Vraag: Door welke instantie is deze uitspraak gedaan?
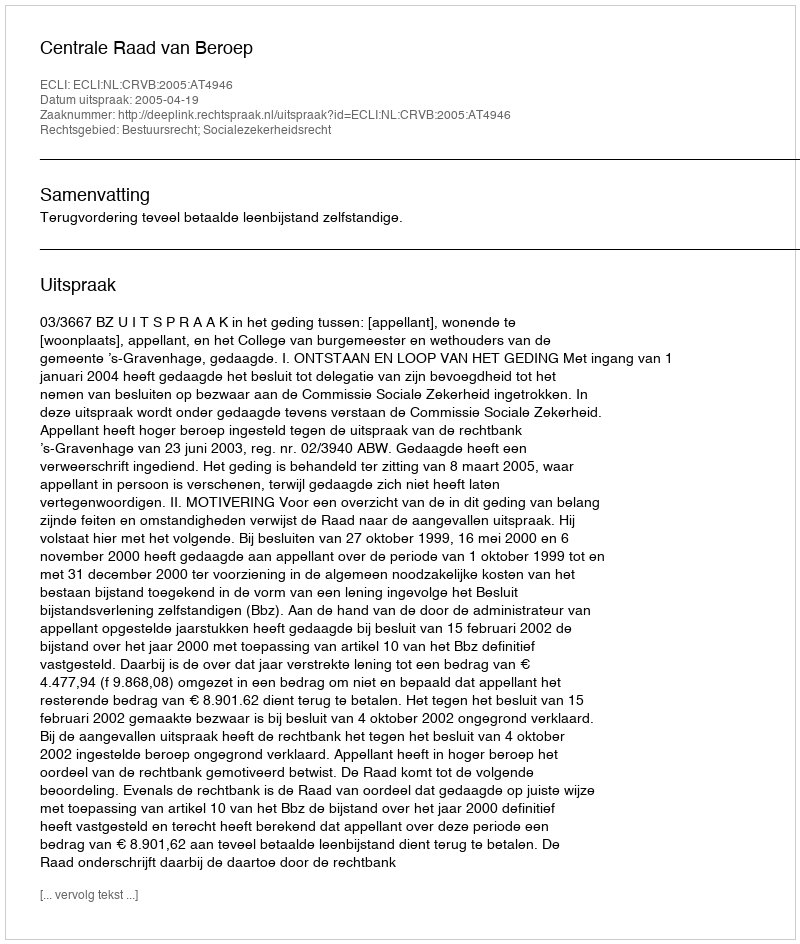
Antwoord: Centrale Raad van Beroep